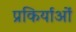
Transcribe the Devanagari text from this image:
प्रकिर्याओं